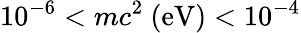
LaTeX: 10^{-6}<mc^{2}\mathrm{\ (eV)}<10^{-4}